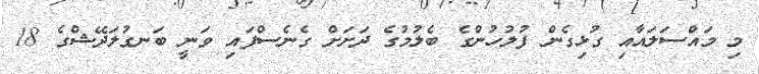
މި މައްސަލައާއި ގުޅިގެން ފުލުހުންގެ ބެލުމުގެ ދަށަށް ގެނެސްފައި ވަނީ ބަނގުލަދޭޝްގެ 18